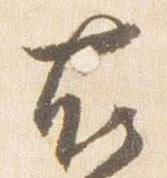
右